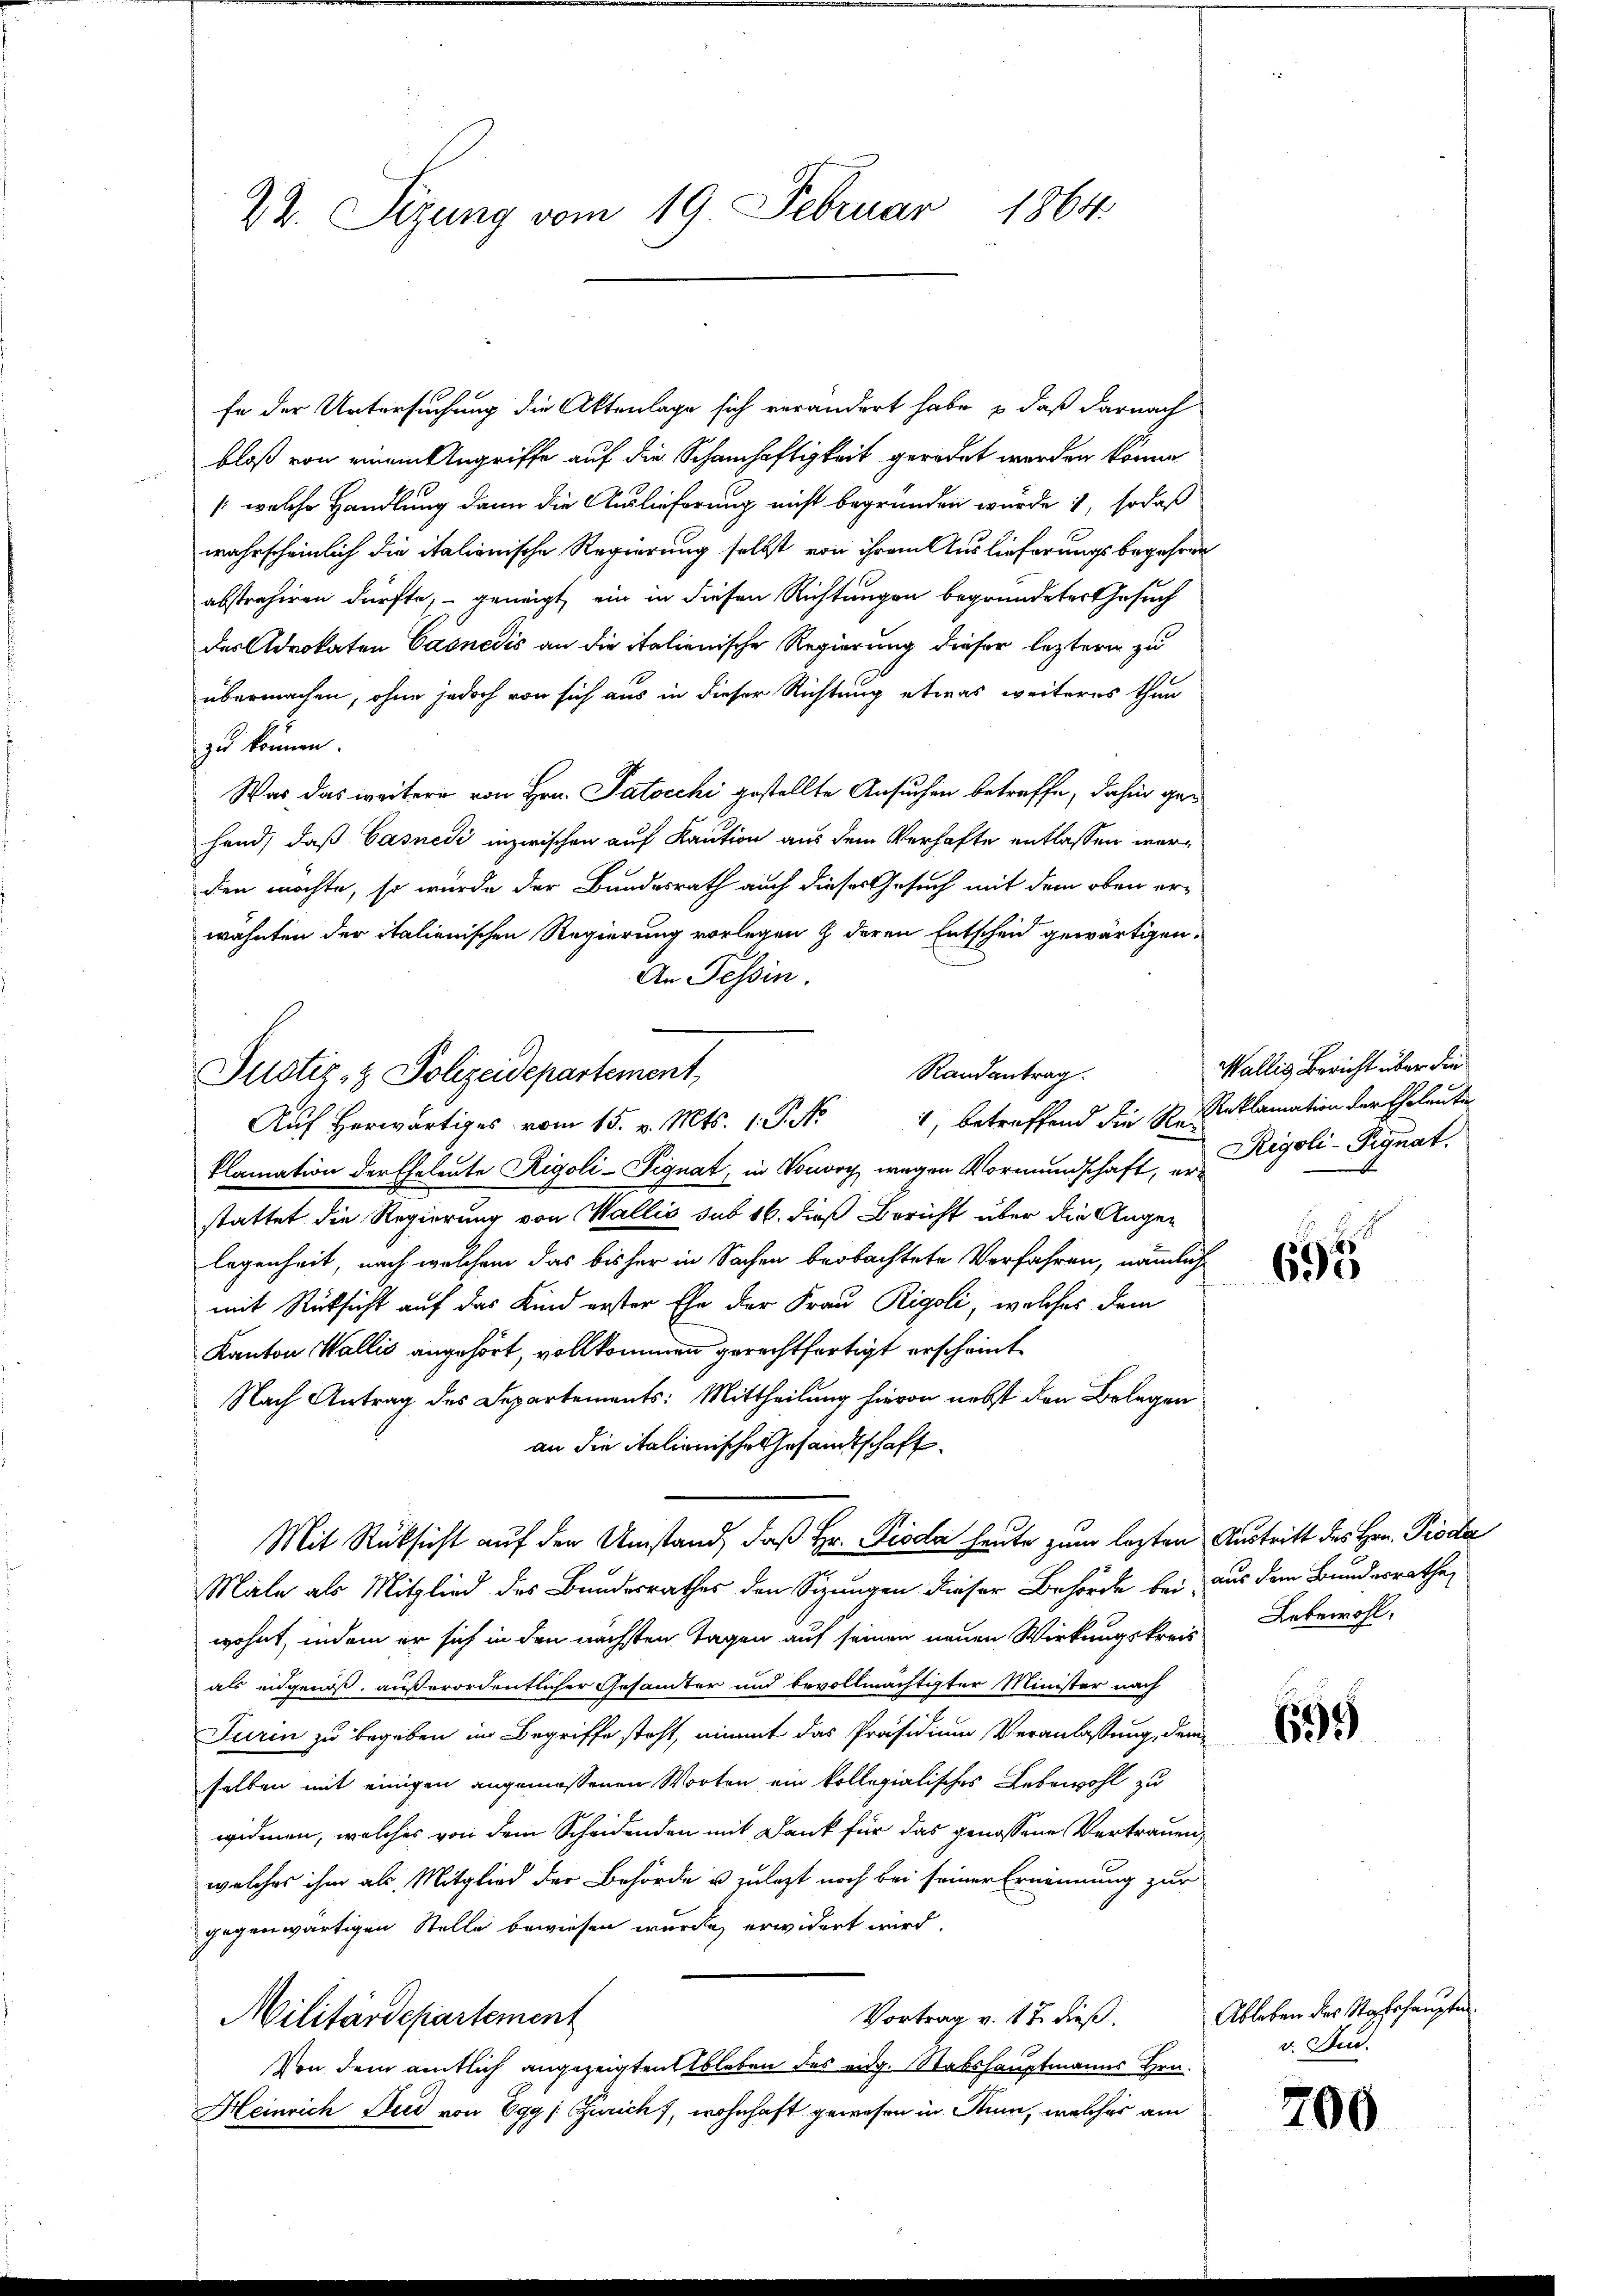
22. Sizung vom 19. Februar 1864.

fe der Untersuchung die Aktenlage sich verändert habe, daß darnach
bloß von einem Angriffe auf die Schamhaftigkeit geradet werden könne
/: welche Handlung dann die Auslieferung nicht begründen wurde, sodaß
wahrscheinlich die italienische Regierung selbst von ihrem Auslieferungsbegehren
abstrahiren dürfte, - geneigt, ein in diesen Richtungen begründeter Gesuch
des Advokaten Casnedis an die italienische Regierung dieser leztere zu
übermachen, ohne jedoch von sich aus in dieser Richtung etwas weiteres thun
zu können.
Was das weitere von Hrn. Patocchi gestellte Ansuchen betreffe, dahin gehand, daß Casnesi inzwischen auf Kaution aus dem Verhafte entlassen werden möchte, so wurde der Bundesrath auch dieses Gesuch mit dem oben erwähnten der italienischen Regierung vorlegen & deren Entscheid gewärtigen.
An Tessin.
Randantrag.
Auf herwärtiges vom 15. v. Mts. 1. P. Nr. 1, betreffend die K. Reklamation der Eheleute
klamation der Eheleute Rigoli-Pignat, in Vorvey wegen Vormundschaft, in Rigoli-Signat
stattet die Regierung von Wallis sub 16. dieß Bericht über die Augen
legenheit, nach welchem das bisher in Sachen beobachtete Verfahren, nämlich
mit Rücksicht auf das Kind erster Ehe der Frau Rigoli, welches dem
Kanton Wallis angehört, vollkommen gerechtfertigt erscheint
Nach Antrag des Departements: Mittheilung hievon nebst den Belegen
an die italienische Gesandtschaft
Mit Rücksicht auf den Umstand, daß Hr. Pioda heute zum lezten Austritt des Hrn. Pioda
Male als Mitglied des Bundesrathes den Sitzungen dieser Behörde bei, aus dem Bundesrathe
wohnt, indem er sich in den nächsten Tagen auf seinen neuen Wirkungskreis Lebewohl,
als eidgenoß, außerordentlicher Gesamter und bevollmächtigter Minister nach
Turin zu begeben im Begriffe steht, nimmt das Präsidium Veranlassung, dem
selben mit einigen angemessenen Worten ein kollegialisches Lebewohl zu
widmen, welches von dem Scheidenden mit Dank für das genossene Vertrauen,
welches ihm als Mitglied der Behörde u. zulezt noch bei seiner Ernennung zur
gegenwärtigen Stelle bewiesen wurde erwidert wird.
Vortrag v. 17. dieß.
Militärdepartement
Von dem amtlich angezeigten Ableben des eidg. Stabshauptmanns Hrn.
Heinrich Dud von Egg (Zürich), wohnhaft gewesen in Stum, welches am

Justiz- & Polizeidepartement,

Wallis, Bericht über die

695

659

Ableben des Stabshauptm.
v. Stud.

700